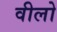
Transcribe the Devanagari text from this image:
वीलो